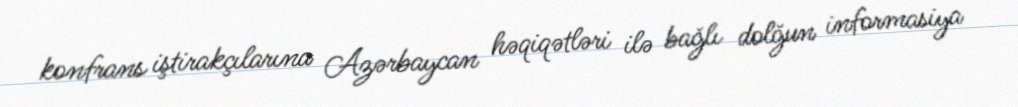
konfrans iştirakçılarına Azərbaycan həqiqətləri ilə bağlı dolğun informasiya